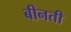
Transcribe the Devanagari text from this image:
बीनती